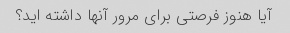
آیا هنوز فرصتی برای مرور آنها داشته اید؟